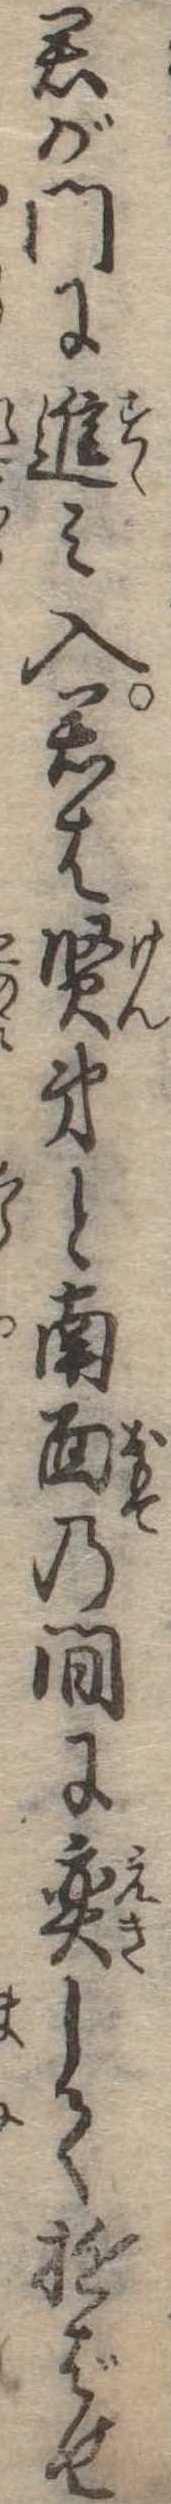
君が門に進み入君は賢弟と南面の間に奕して遊ばせ